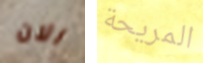
الان المريحة